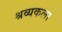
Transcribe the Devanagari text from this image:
श्रव्यकला